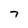
Character: 7